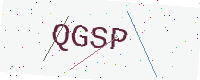
Text: QGSP